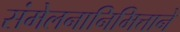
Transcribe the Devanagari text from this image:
संमेलनानिमित्ताने